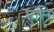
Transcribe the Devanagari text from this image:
घुलि